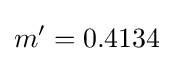
m'=0.4134